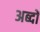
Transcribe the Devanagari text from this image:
अब्दों